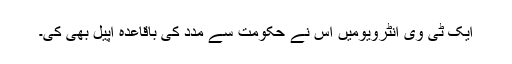
ایک ٹی وی انٹرویومیں اس نے حکومت سے مدد کی باقاعدہ اپیل بھی کی۔